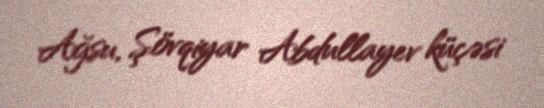
Ağsu, Şövqiyar Abdullayev küçəsi